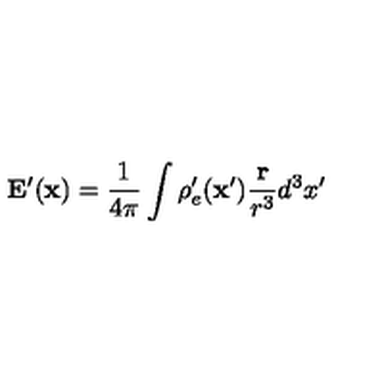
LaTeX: \mathbf { E } ^ { \prime } ( \mathbf { x } ) = \frac { 1 } { 4 \pi } \int \rho _ { e } ^ { \prime } ( \mathbf { x } ^ { \prime } ) \frac { \mathbf { r } } { r ^ { 3 } } d ^ { 3 } x ^ { \prime }